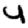
Digit: 4